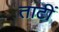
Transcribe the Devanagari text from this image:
ताटीं